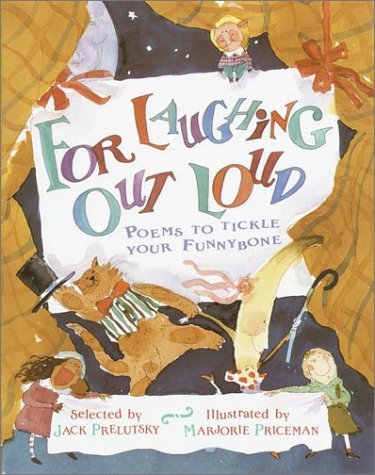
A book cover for For Laughing Out Loud: Poems to Tickle Your Funnybone; Humor & Entertainment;